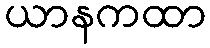
ယာနကထာ